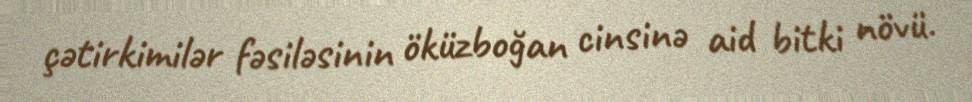
çətirkimilər fəsiləsinin öküzboğan cinsinə aid bitki növü.